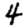
Digit: 4